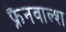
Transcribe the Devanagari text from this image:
फ्रैनवाल्श